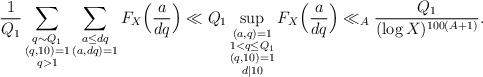
LaTeX: \begin{align*}\frac{1}{Q_1}\sum_{\substack{q\sim Q_1\\ (q,10)=1\\ q>1}}\sum_{\substack{a\le d q \\ (a,d q)=1}}F_X\Bigl(\frac{a}{d q}\Bigr)\ll Q_1\sup_{\substack{(a,q)=1\\ 1<q\le Q_1\\ (q,10)=1\\ d|10}}F_X\Bigl(\frac{a}{d q}\Bigr)\ll_A\frac{Q_1}{(\log{X})^{100(A+1)}}.\end{align*}